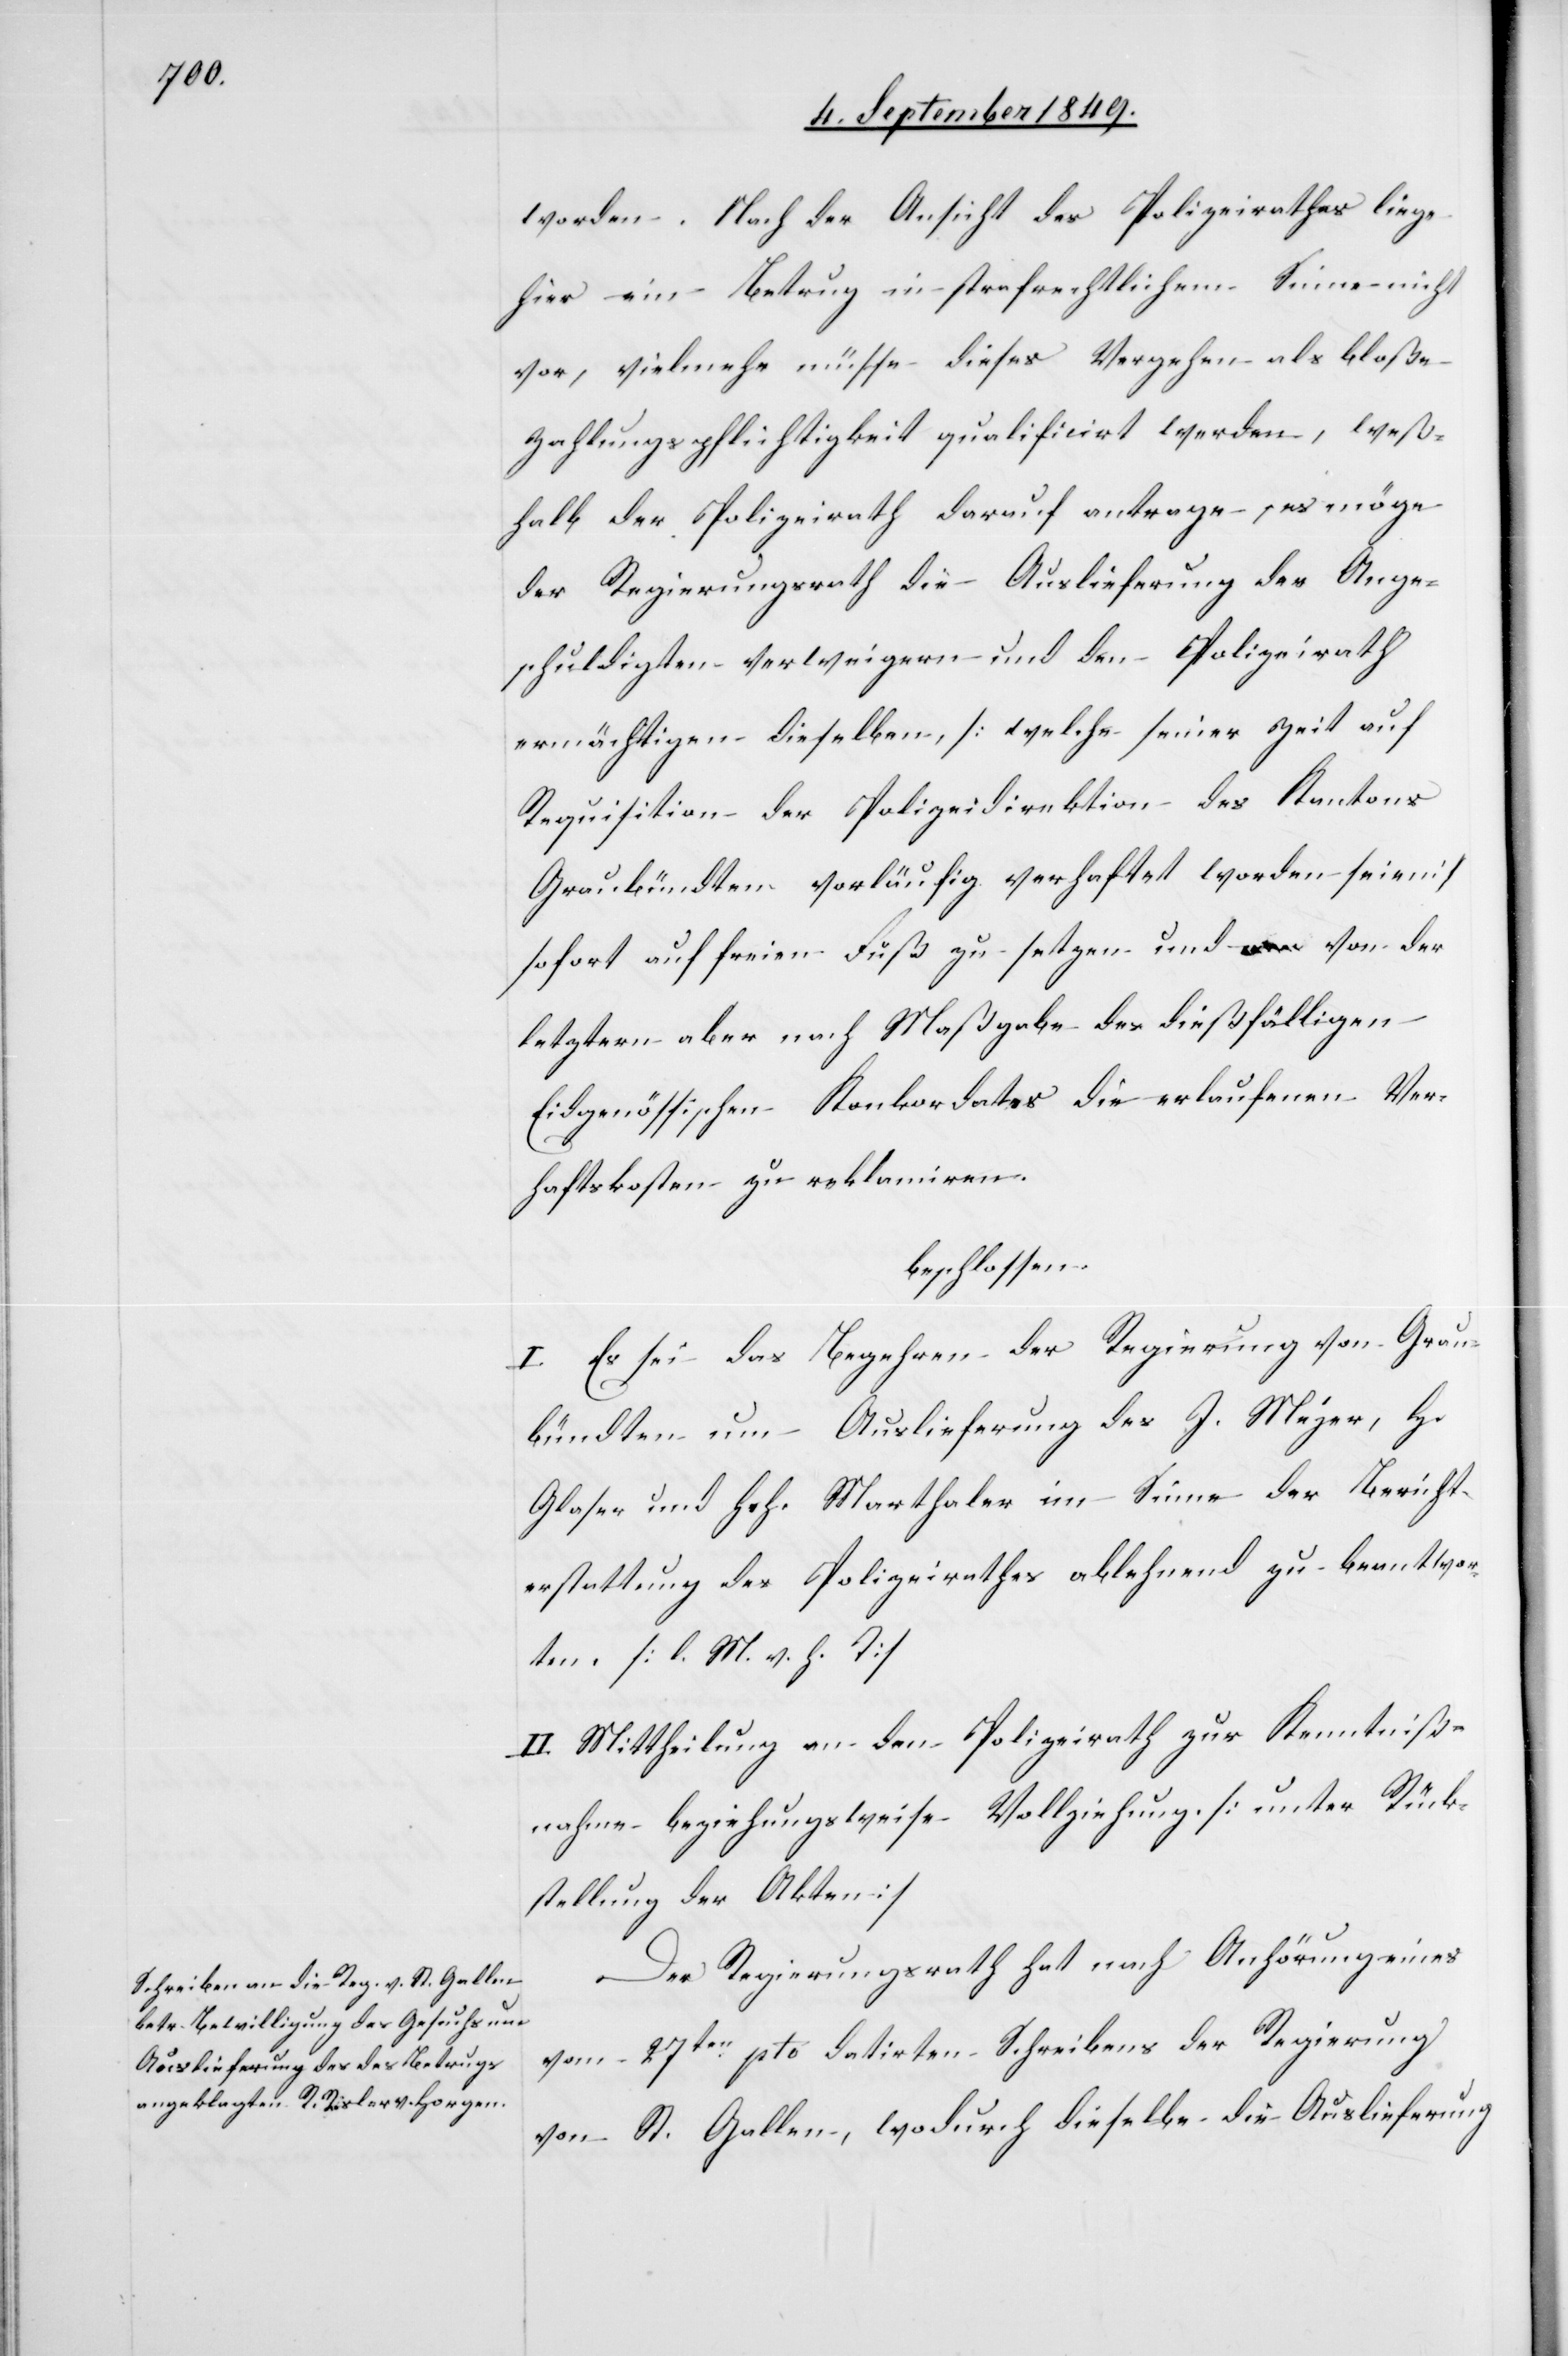
worden. Nach der Ansicht des Polizeirathes liege
hier ein Betrug in strafrechtlichem Sinne nicht
vor, vielmehr müsse dieses Vergehen als bloße
Zahlungspflichtigkeit qualificirt werden, weß¬
halb der Polizeirath darauf antrage, es möge
der Regierungsrath die Auslieferung der Ange¬
schuldigten verweigern und den Polizeirath
ermächtigen dieselben, [welche seiner Zeit auf
Requisition der Polizeidirektion des Kantons
Graubündten vorläufig verhaftet worden seien]
sofort auf freien Fuß zu setzen und von der
letztern aber nach Maßgabe des dießfälligen
Eidgenössischen Konkordates die erlaufenen Ver¬
haftskosten zu reklamiren.
beschlossen:
I. Es sei das Begehren der Regierung von Grau¬
bündten um Auslieferung des J. Meyer, H.
Glaser und Hch. Marthaler im Sinne der Bericht¬
erstattung des Polizeirathes ablehnend zu beantwor¬
ten. [l. M. v. h. T]
II. Mittheilung an den Polizeirath zur Kenntniß¬
nahme beziehungsweise Vollziehung. [unter Rück¬
stellung der Akten]
Der Regierungsrath hat nach Anhörung eines
vom 27ten pto datirten Schreibens der Regierung
von St. Gallen, wodurch dieselbe die Auslieferung